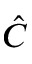
\hat { C }